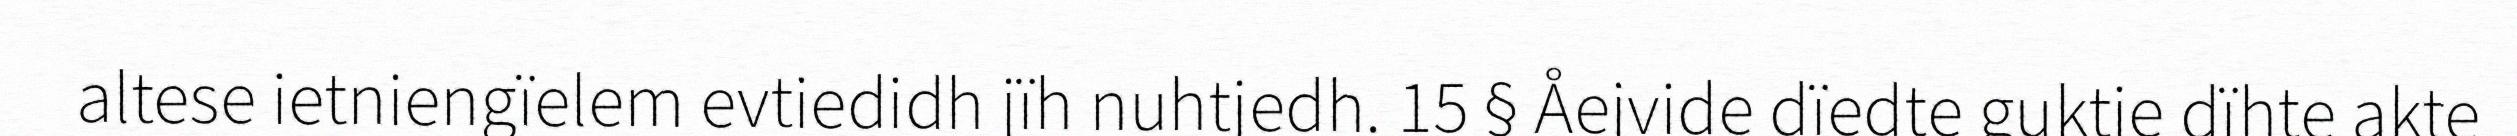
altese ietniengïelem evtiedidh jïh nuhtjedh. 15 § Åejvide dïedte guktie dïhte akte